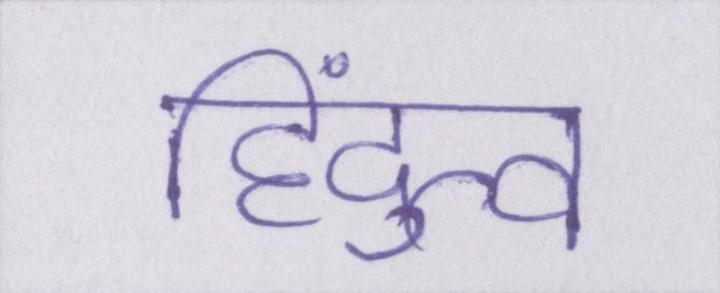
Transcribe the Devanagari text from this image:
हिंदुत्व